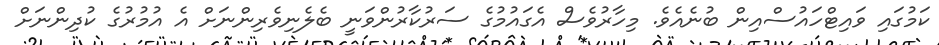
ކަމުގައި ވައިޓްހައުސްއިން ބުނެއެވެ. މިހާރުވެސް އެގައުމުގެ ސަރުކާރުންވަނީ ބެލެނިވެރިންނަށް އެ އުމުރުގެ ކުދިންނަށް